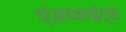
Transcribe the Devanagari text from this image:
एंडप्वाइंट्स